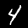
Digit: 4